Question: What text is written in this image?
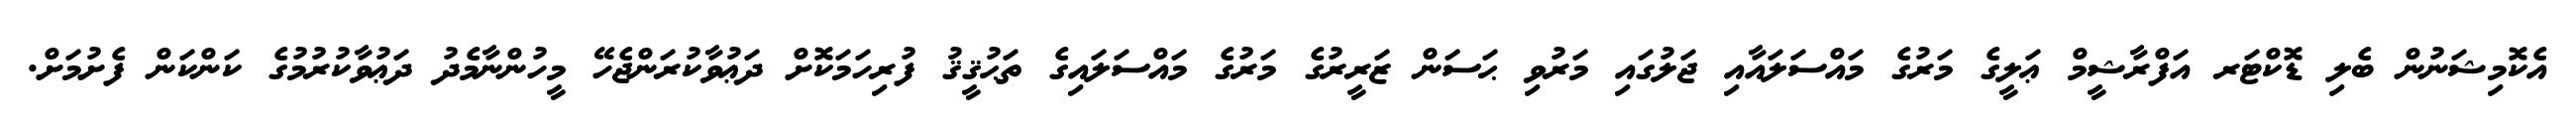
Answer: އެކޮމިޝަނުން ބެލި ޑޮކްޓަރ އަފްރާޝީމް ޢަލީގެ މަރުގެ މައްސަލައާއި ޖަލުގައި މަރުވި ޙަސަން ޒަރީރުގެ މަރުގެ މައްސަލައިގެ ތަޙުޤީޤު ފުރިހަމަކޮށް ދަޢުވާކުރަންޖެހޭ މީހުންނާމެދު ދަޢުވާކުރުމުގެ ކަންކަން ފެށުމަށް.